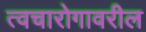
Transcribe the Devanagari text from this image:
त्वचारोगावरील